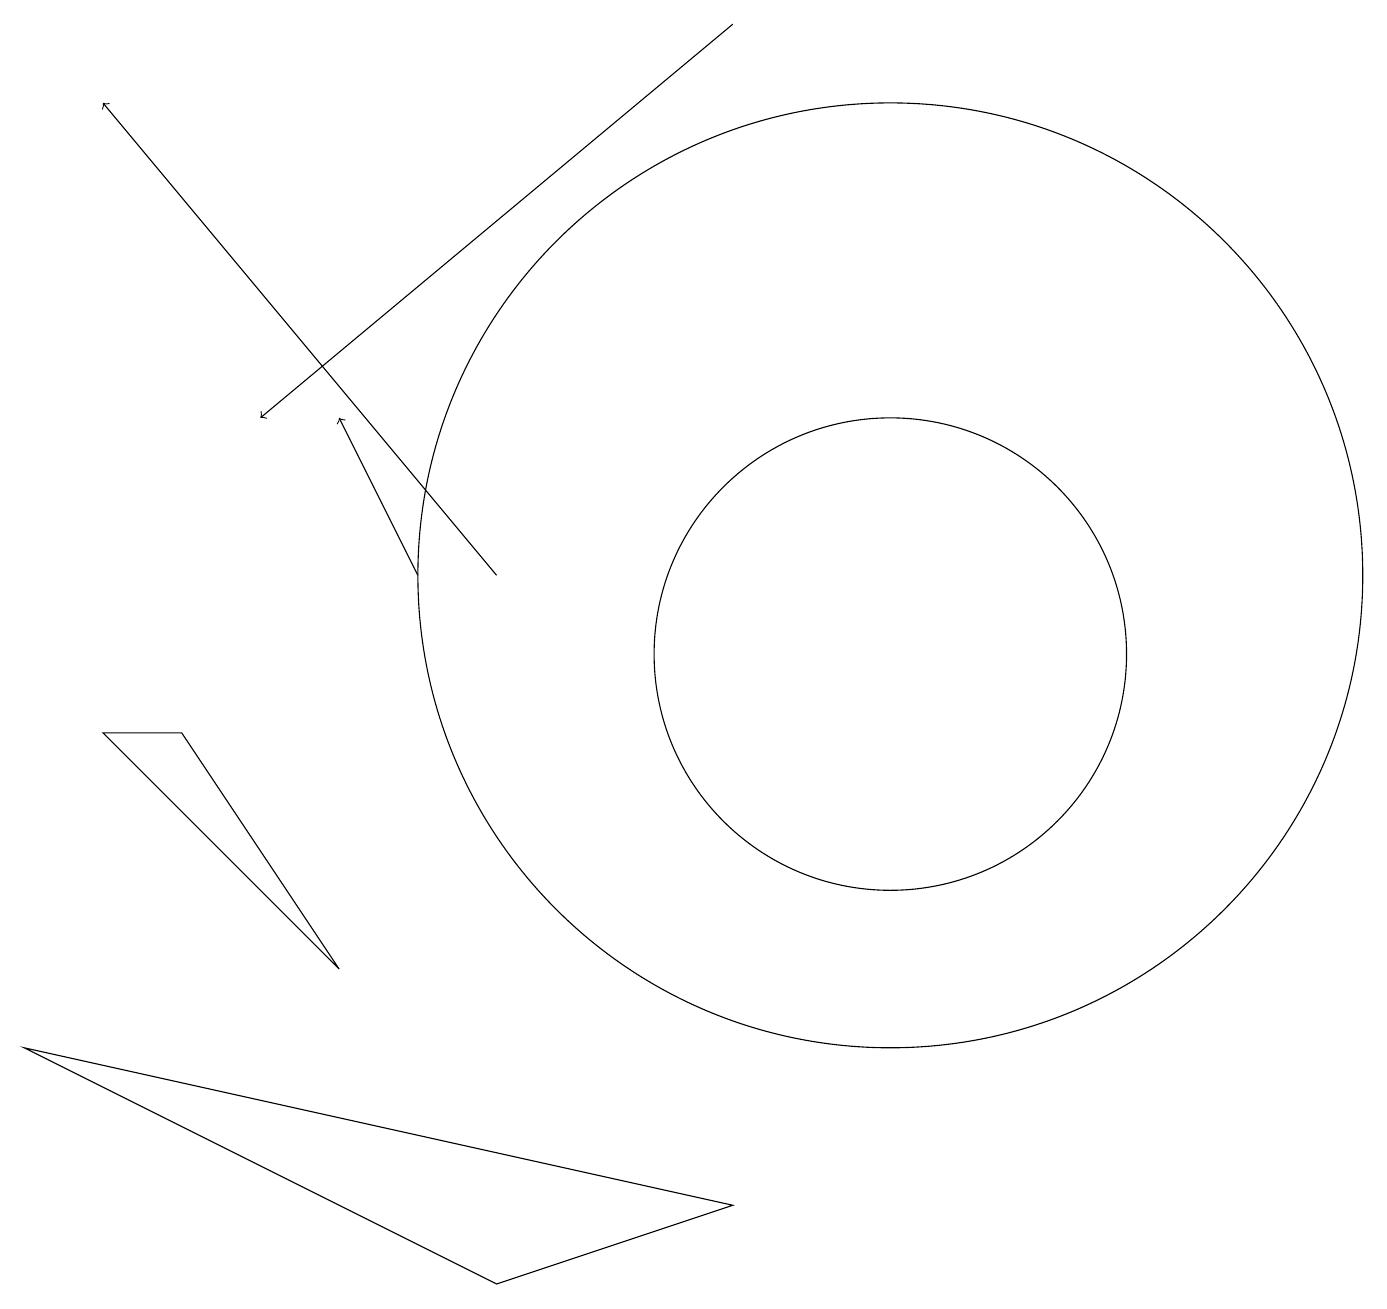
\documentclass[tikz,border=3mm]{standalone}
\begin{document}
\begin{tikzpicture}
\draw (11,11) circle (6);
\draw[->] (9,18) -- (3,13);
\draw[->] (6,11) -- (1,17);
\draw[->] (5,11) -- (4,13);
\draw (9,3) -- (6,2) -- (0,5) -- cycle;
\draw (11,10) circle (3);
\draw (1,9) -- (2,9) -- (4,6) -- cycle;
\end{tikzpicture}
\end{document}